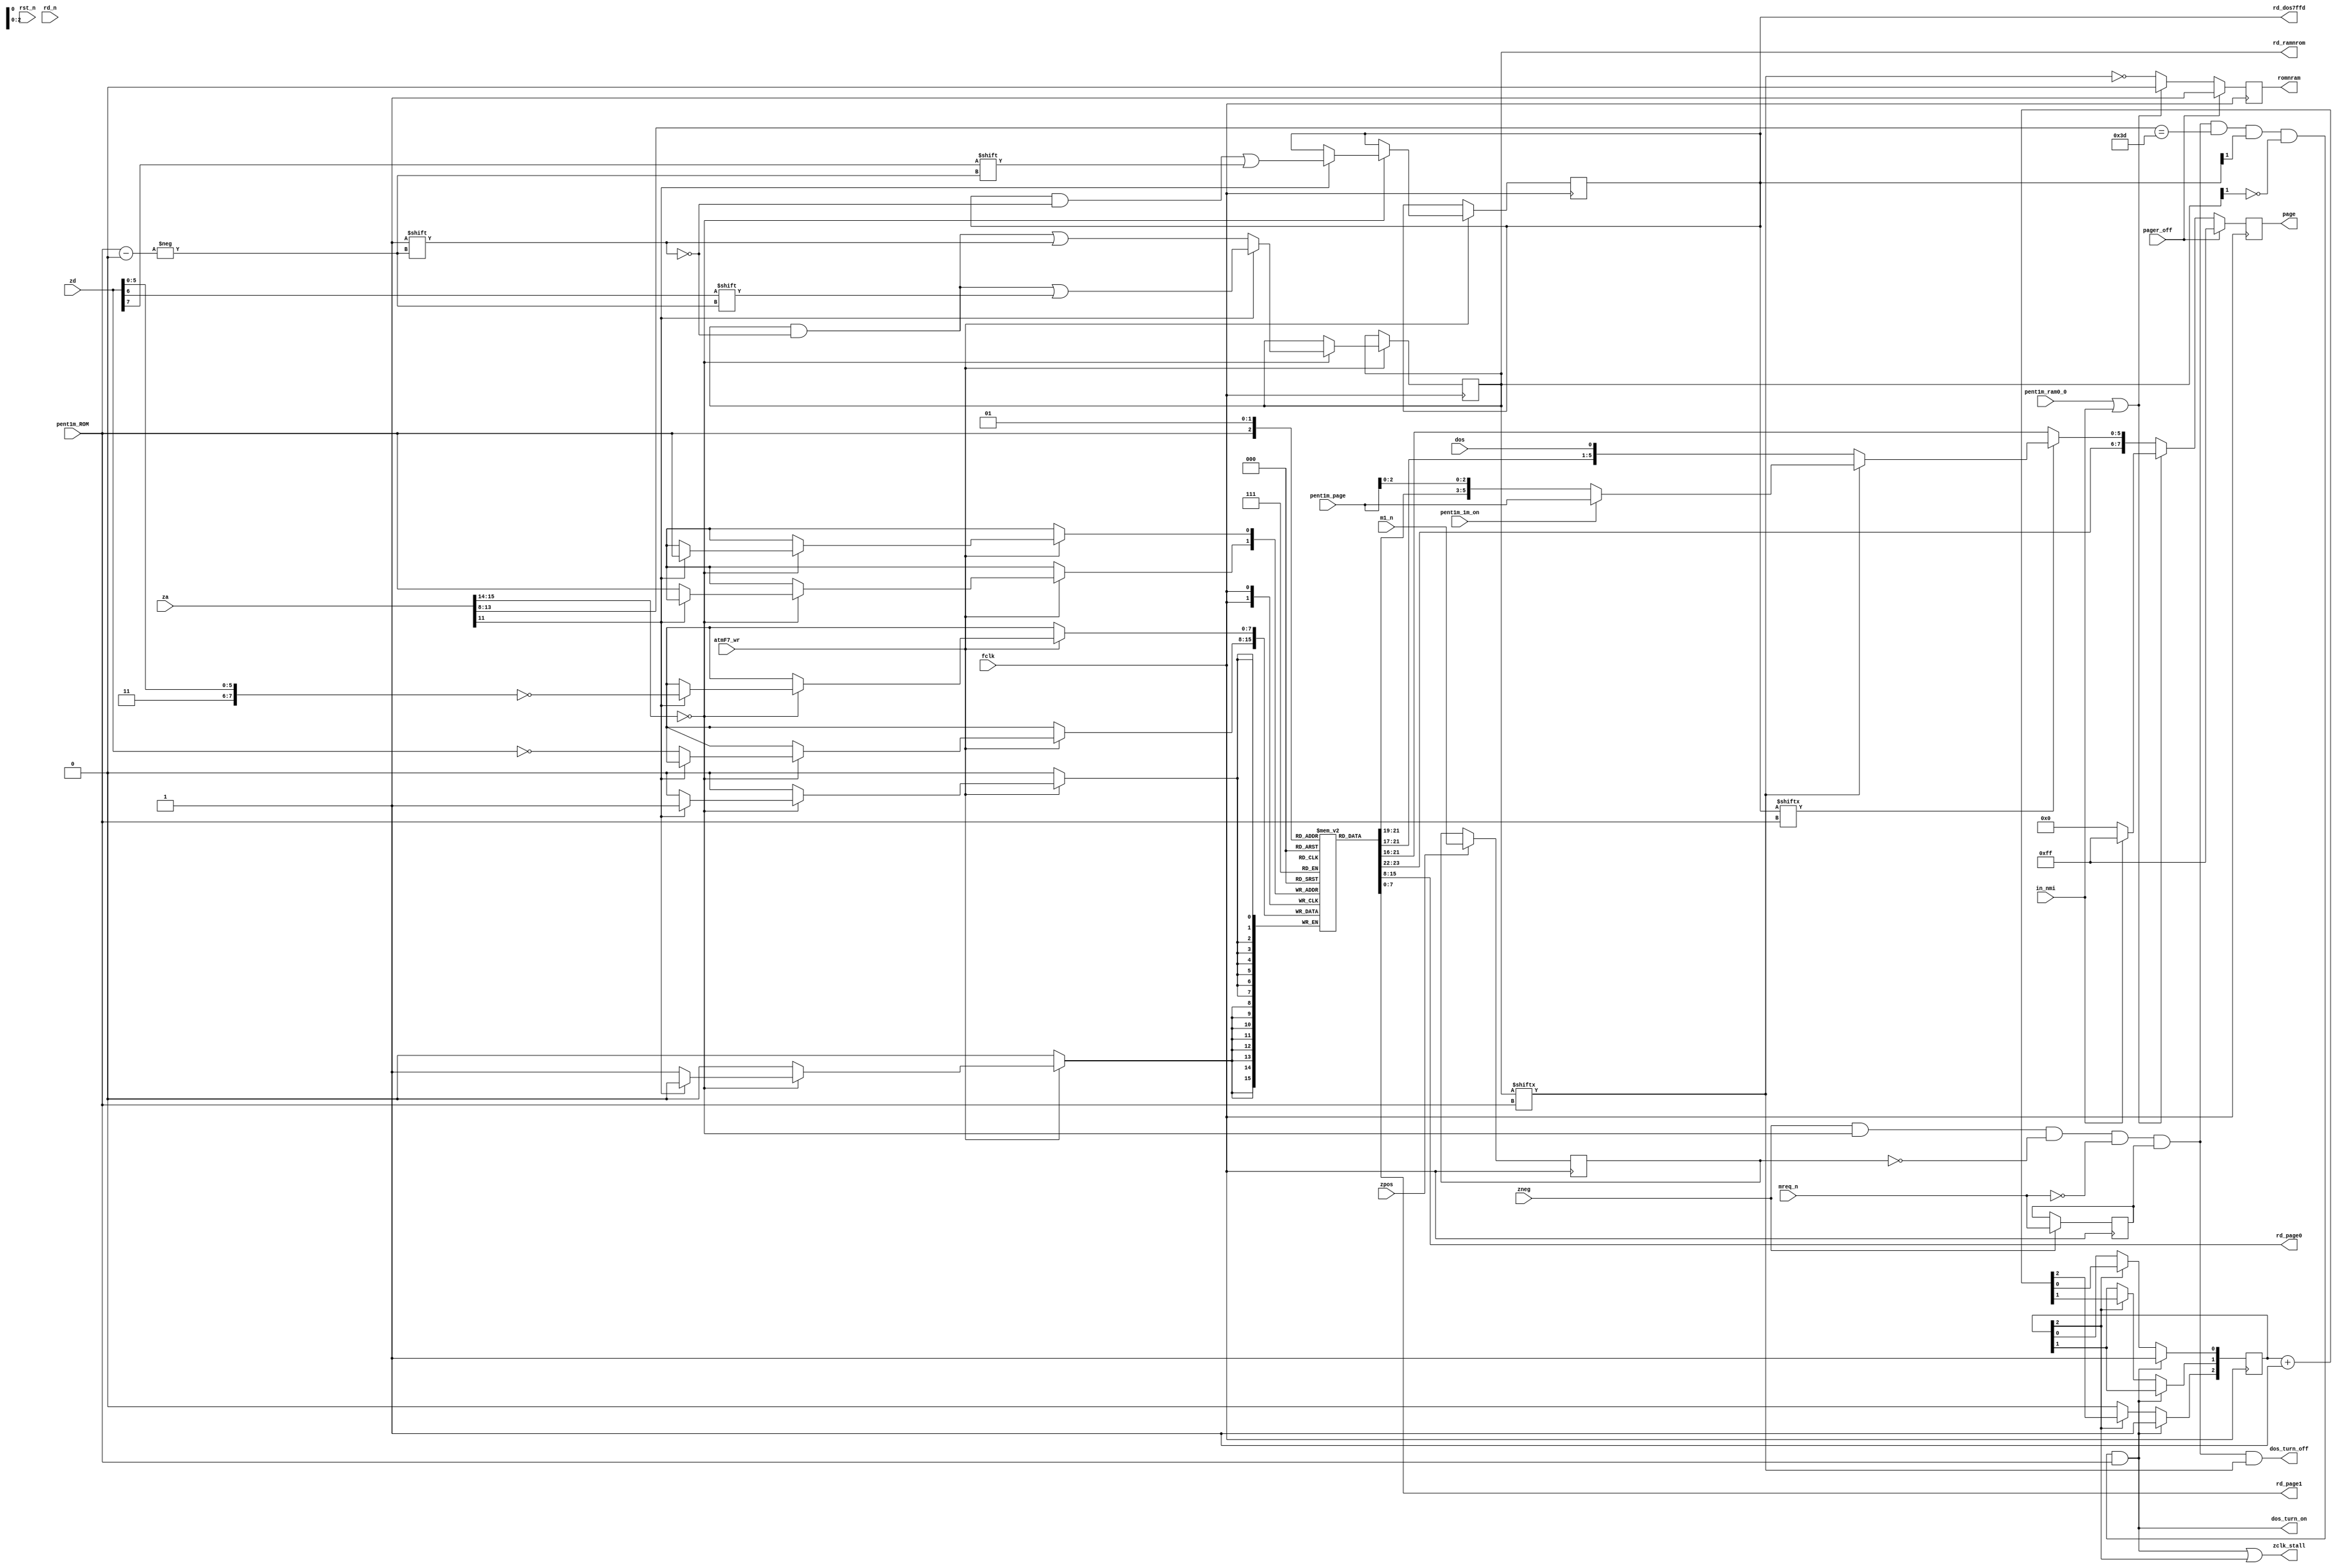
module atm_pager(

	input  wire rst_n,

	input  wire fclk,
	input  wire zpos,
	input  wire zneg,


	input  wire [15:0] za, // Z80 address bus

	input  wire [ 7:0] zd, // Z80 data bus - for latching port data

	input  wire        mreq_n,rd_n,m1_n, // to track DOS turn on/turn off


	input  wire        pager_off, // PEN as in ATM2: turns off memory paging, service ROM is everywhere


	input  wire        pent1m_ROM,    // for memory maps switching: d4 of 7ffd
	input  wire [ 5:0] pent1m_page,   // 1 megabyte from pentagon1024 addressing, from 7FFD port
	input  wire        pent1m_ram0_0, // RAM0 to the window 0 from pentagon1024 mode
	input  wire        pent1m_1m_on,  // 1 meg addressing of pent1m mode on

	input  wire        in_nmi, // when we are in nmi, in 0000-3FFF must be last (FFth)
	                           // RAM page. analoguous to pent1m_ram0_0
				   // but has higher priority

	input  wire        atmF7_wr, // write strobe for the xxF7 ATM port


	input  wire        dos, // indicates state of computer: also determines ROM mapping


	output wire        dos_turn_on,  // turns on or off DOS signal
	output wire        dos_turn_off, //

	output wire        zclk_stall, // stall Z80 clock during DOS turning on

	output reg  [ 7:0] page,
	output reg         romnram,

	// output for xxBE port read
	output wire	[ 7:0] rd_page0,
	output wire	[ 7:0] rd_page1,
	output wire [ 1:0] rd_dos7ffd,
	output wire [ 1:0] rd_ramnrom
);
	parameter ADDR = 2'b00;


	reg [ 7:0] pages [0:1]; // 2 pages for each map - switched by pent1m_ROM

	reg [ 1:0] ramnrom; // ram(=1) or rom(=0)
	reg [ 1:0] dos_7ffd; // =1 7ffd bits (ram) or DOS enter mode (rom) for given page

	reg mreq_n_reg, rd_n_reg, m1_n_reg;

	wire dos_exec_stb, ram_exec_stb;


	reg [2:0] stall_count;



	// output data for port xxBE
	assign rd_page0 = pages[0];
	assign rd_page1 = pages[1];
	//
	assign rd_dos7ffd = dos_7ffd;
	assign rd_ramnrom = ramnrom;



	// paging function, does not set pages, ramnrom, dos_7ffd
	//
	always @(posedge fclk)
	begin
		if( pager_off )
		begin // atm no pager mode - each window has same ROM
			romnram <= 1'b1;
			page    <= 8'hFF;
		end
		else // pager on
		begin
			if( (ADDR==2'b00) && (pent1m_ram0_0 || in_nmi) ) // pent ram0 OR nmi
			begin
				if( in_nmi )
				begin
					romnram <= 1'b0;
					page    <= 8'hFF;
				end
				else // if( pent1m_ram0_0 )
				begin
					romnram <= 1'b0;
					page    <= 8'd0;
				end
			end
			else
			begin
				romnram <= ~ramnrom[ pent1m_ROM ];

				if( dos_7ffd[ pent1m_ROM ] ) // 7ffd memmap switching
				begin
					if( ramnrom[ pent1m_ROM ] )
					begin // ram map
						if( pent1m_1m_on )
						begin // map whole Mb from 7ffd to atm pages
							page <= { pages[ pent1m_ROM ][7:6], pent1m_page[5:0] };
						end
						else //128k like in atm2
						begin
							page <= { pages[ pent1m_ROM ][7:3], pent1m_page[2:0] };
						end
					end
					else // rom map with dos
					begin
						page <= { pages[ pent1m_ROM ][7:1], dos };
					end
				end
				else // no 7ffd impact
				begin
					page <= pages[ pent1m_ROM ];
				end
			end
		end
	end




	// port reading: sets pages, ramnrom, dos_7ffd
	//
	always @(posedge fclk) if( atmF7_wr )
	begin
		if( za[15:14]==ADDR )
		begin
			if( za[11] ) // xff7 ports - 1 meg
			begin
				pages   [ pent1m_ROM ] <= ~{ 2'b11, zd[5:0] };
				ramnrom [ pent1m_ROM ] <= zd[6];
				dos_7ffd[ pent1m_ROM ] <= zd[7];
			end
			else // x7f7 ports - 4 meg ram
			begin
				pages   [ pent1m_ROM ] <= ~zd;
				ramnrom [ pent1m_ROM ] <= 1'b1; // RAM on
				// dos_7ffd - UNCHANGED!!! (possibility to use 7ffd 1m and 128k addressing in the whole 4m!)
			end
		end
	end


	// DOS turn on/turn off
	//

`ifdef SIMULATE
	initial
	begin
		m1_n_reg   = 1'b1;
		mreq_n_reg = 1'b1;
		rd_n_reg   = 1'b1;

		stall_count = 3'b000;
	end
`endif

	always @(posedge fclk) if( zpos )
	begin
		m1_n_reg <= m1_n;
	end

	always @(posedge fclk) if( zneg )
	begin
		mreq_n_reg <= mreq_n;
	end



	assign dos_exec_stb = zneg && (za[15:14]==ADDR) &&
	                      (!m1_n_reg) && (!mreq_n) && mreq_n_reg &&
	                      (za[13:8]==6'h3D) &&
	                      dos_7ffd[1'b1] && (!ramnrom[1'b1]) && pent1m_ROM;

	assign ram_exec_stb = zneg && (za[15:14]==ADDR) &&
	                      (!m1_n_reg) && (!mreq_n) && mreq_n_reg &&
	                      ramnrom[pent1m_ROM];

	assign dos_turn_on  = dos_exec_stb;
	assign dos_turn_off = ram_exec_stb;


	// stall Z80 for some time when dos turning on to allow ROM chip to supply new data
	// this can be important at 7 or even 14 mhz. minimum stall time is
	// 3 clocks @ 28 MHz
	always @(posedge fclk)
	begin
		//        z80  , 
		// z80  . ..       .
		// 3.5 - 140 , 7 - 70 , 14 - 35 .
		//   120  14   3  ,  
		// ,         3 
		// 28 .
		if( dos_turn_on )
		begin
			stall_count[2] <= 1'b1; // count: 000(stop) -> 101 -> 110 -> 111 -> 000(stop)
			stall_count[0] <= 1'b1;
		end
		else if( stall_count[2] )
		begin
			stall_count[2:0] <= stall_count[2:0] + 3'd1;
		end

	end

	assign zclk_stall = dos_turn_on | stall_count[2];



endmodule